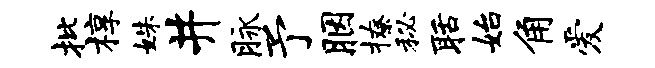
批椁姝井脉予胭撩秘聒始角爱